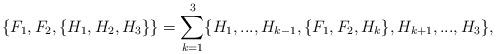
LaTeX: \begin{align*}\left\{ F_{1},F_{2},\{H_{1},H_{2},H_{3}\}\right\} =\sum_{k=1}^{3}\{H_{1},...,H_{k-1},\{F_{1},F_{2},H_{k}\},H_{k+1},...,H_{3}\}, \end{align*}